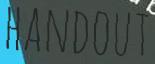
HANDOUT